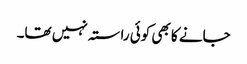
جانے کا بھی کوئی راستہ نہیں تھا۔